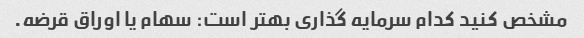
مشخص کنید کدام سرمایه گذاری بهتر است: سهام یا اوراق قرضه.